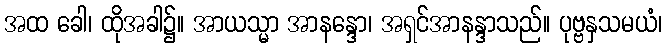
အထ ခေါ၊ ထိုအခါ၌။ အာယသ္မာ အာနန္ဒော၊ အရှင်အာနန္ဒာသည်။ ပုဗ္ဗနှသမယံ၊